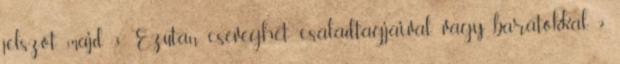
jelszót, majd 3. Ezután cseveghet családtagjaival vagy barátokkal. 2.